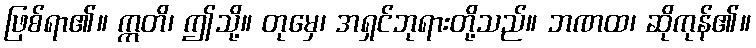
ဖြစ်ရာ၏။ ဣတိ၊ ဤသို့။ တုမှေ၊ အရှင်ဘုရားတို့သည်။ ဘဏထ၊ ဆိုကုန်၏။